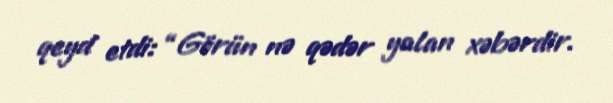
qeyd etdi: “Görün nə qədər yalan xəbərdir.